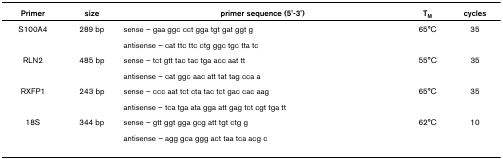
| Primer | size | primer sequence (5'-3') | TM | cycles |
 | --- | --- | --- | --- | --- |
 | S100A4 | 289 bp | sense – gaa ggc cct gga tgt gat ggt g | 65°C | 35 |
 |  |  | antisense – cat ttc ttc ctg ggc tgc tta tc |  |  |
 | RLN2 | 485 bp | sense – tct gtt tac tac tga acc aat tt | 55°C | 35 |
 |  |  | antisense – cat ggc aac att tat tag cca a |  |  |
 | RXFP1 | 243 bp | sense – ccc aat tct cta tac tct gac cac aag | 65°C | 35 |
 |  |  | antisense – tca tga ata gga att gag tct cgt tga tt |  |  |
 | 18S | 344 bp | sense – gtt ggt gga gcg att tgt ctg g | 62°C | 10 |
 |  |  | antisense – agg gca ggg act taa tca acg c |  |  |